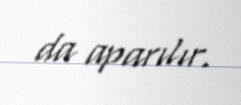
da aparılır.